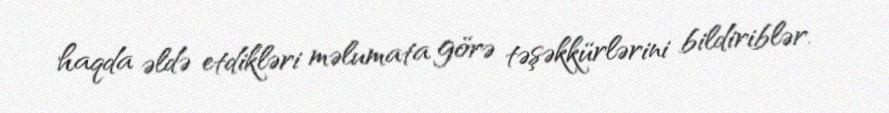
haqda əldə etdikləri məlumata görə təşəkkürlərini bildiriblər.